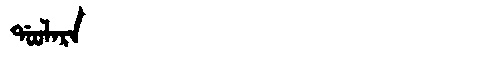
Manchu: ᡩᠣᠣᠯᠠᡵᠠ
Romanization: DOOLARA